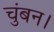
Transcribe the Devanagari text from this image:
चुंबन।